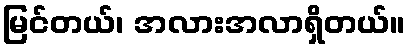
မြင်တယ်၊ အလားအလာရှိတယ်။